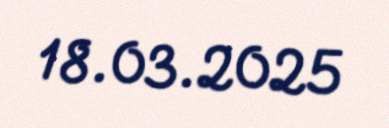
18.03.2025